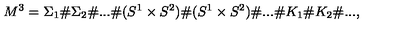
M ^ { 3 } = { \Sigma _ { 1 } } \# { \Sigma _ { 2 } } \# . . . \# ( S ^ { 1 } \times S ^ { 2 } ) \# ( S ^ { 1 } \times S ^ { 2 } ) \# . . . \# K _ { 1 } \# K _ { 2 } \# . . . ,